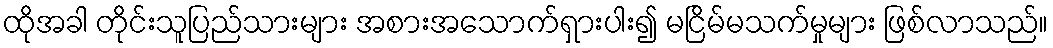
ထိုအခါ တိုင်းသူပြည်သားများ အစားအသောက်ရှားပါး၍ မငြိမ်မသက်မှုများ ဖြစ်လာသည်။